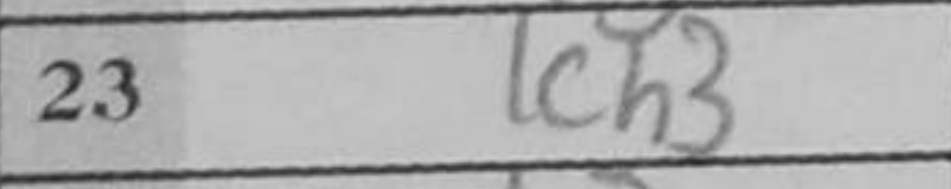
Transcription: g3